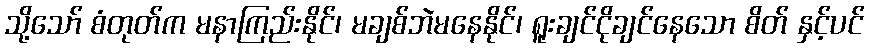
သို့သော် စံတုတ်က မနာကြည်းနိုင်၊ မချစ်ဘဲမနေနိုင်၊ ရူးချင်ငိုချင်နေသော စိတ် နှင့်ပင်